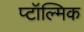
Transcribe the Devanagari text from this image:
प्टॉल्मिक